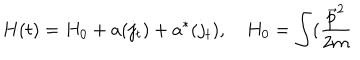
H ( t ) = H _ { 0 } + a ( j _ { t } ) + a ^ { * } ( j _ { t } ) , \quad H _ { 0 } = \int ( \frac { \vec { p } ^ { 2 } } { 2 m }